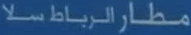
مطارالرياضسلا